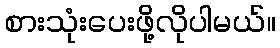
စားသုံးပေးဖို့လိုပါမယ်။